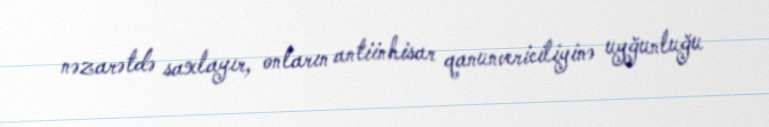
nəzarətdə saxlayır, onların antiinhisar qanunvericiliyinə uyğunluğu